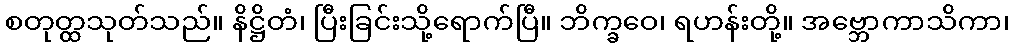
စတုတ္ထသုတ်သည်။ နိဋ္ဌိတံ၊ ပြီးခြင်းသို့ရောက်ပြီ။ ဘိက္ခဝေ၊ ရဟန်းတို့။ အဗ္ဘောကာသိကာ၊